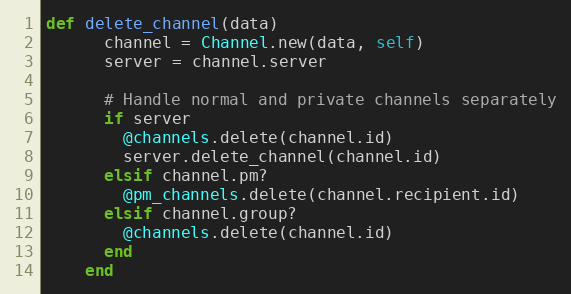
Language: Ruby
def delete_channel(data)
      channel = Channel.new(data, self)
      server = channel.server

      # Handle normal and private channels separately
      if server
        @channels.delete(channel.id)
        server.delete_channel(channel.id)
      elsif channel.pm?
        @pm_channels.delete(channel.recipient.id)
      elsif channel.group?
        @channels.delete(channel.id)
      end
    end